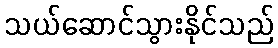
သယ်ဆောင်သွားနိုင်သည်